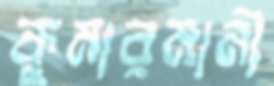
কুমারমানী